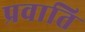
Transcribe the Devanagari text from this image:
प्रवाति